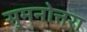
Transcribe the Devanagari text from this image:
सुमनोत्तरा